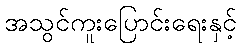
အသွင်ကူးပြောင်းရေးနှင့်